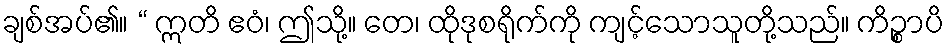
ချစ်အပ်၏။ “ ဣတိ ဧဝံ၊ ဤသို့။ တေ၊ ထိုဒုစရိုက်ကို ကျင့်သောသူတို့သည်။ ကိဉ္စာပိ